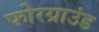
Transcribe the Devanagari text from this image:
फोरग्राउंड